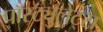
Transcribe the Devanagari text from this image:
पॉस्ट्युलेट्स